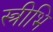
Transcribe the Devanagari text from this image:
स्त्रीभि